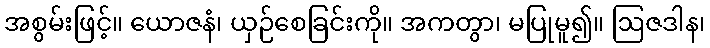
အစွမ်းဖြင့်။ ယောဇနံ၊ ယှဉ်စေခြင်းကို။ အကတွာ၊ မပြုမူ၍။ ဩဇဒါန၊